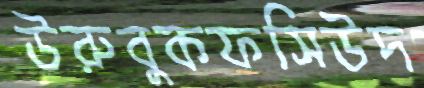
উরুবুকফসিউদ